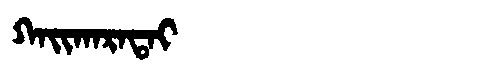
Manchu: ᡴᠠᡳᡴᠠᡵᠠᡨᠠᡳ
Romanization: KAIKARATAI